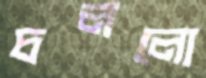
চললো